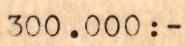
300.000:-